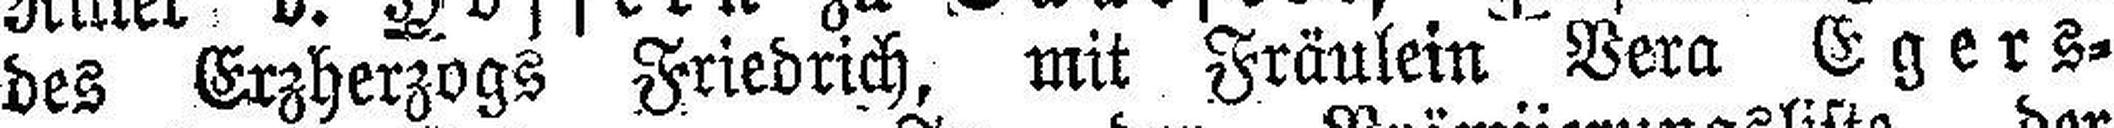
des Erzherzogs Friedrich, mit Fräulein Bera Egers¬